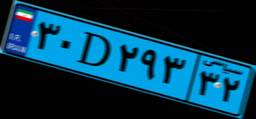
۹۹D۹۴۱۴۶